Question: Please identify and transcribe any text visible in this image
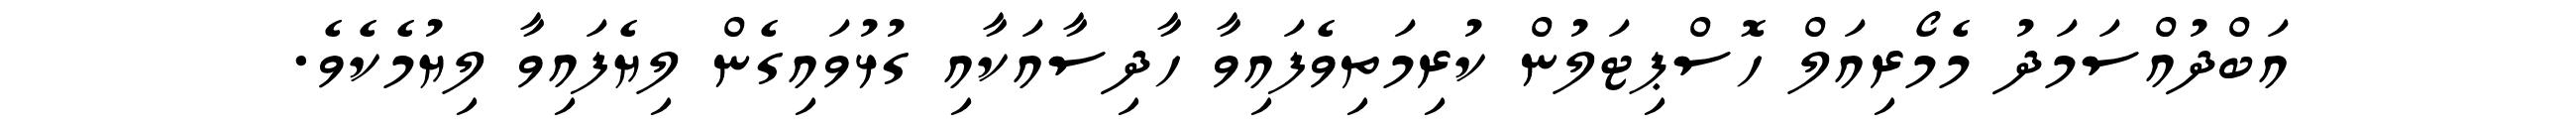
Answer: އަބްދުއްސަމަދު މެމޯރިއަލް ހޮސްޕިޓަލުން ކުރިމަތިވެފައިވާ ހާދިސާއަކާއި ގުޅުވައިގެން ލިޔެފައިވާ ލިޔުމެކެވެ.